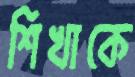
শিখাকে